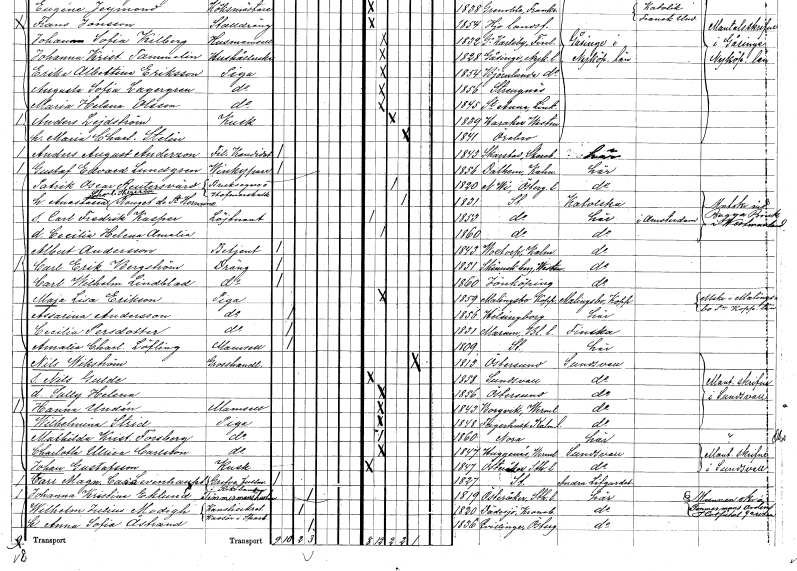
gt_parse: households: individuals: FN: Anastasia Charlotta Theresia
EN: Rouget de S:t Hermine
KON: K
CIV: G
FODAR: 1831
FODFORS: Stockholm
FN: Carl Fredrik Kasper
YRKE: Löjtnant
KON: M
CIV: O
FODAR: 1853
FODFORS: Stockholm
FN: Cecilia Helena Amalia
KON: K
CIV: O
FODAR: 1860
FODFORS: Stockholm
FN: Albert
EN: Andersson
YRKE: Betjänt
KON: M
CIV: O
FODAR: 1843
FODFORS: Voxtorp Kalmar län
FN: Carl Erik
EN: Bergström
YRKE: Dräng
KON: M
CIV: O
FODAR: 1851
FODFORS: Skinnskatteberg Västmanlands län
FN: Carl Wilhelm
EN: Lindblad
YRKE: Dräng
KON: M
CIV: O
FODAR: 1860
FODFORS: Jönköping Jönköpings län
FN: Maja Lisa
EN: Erikson
YRKE: Piga
KON: K
CIV: O
FODAR: 1859
FODFORS: Malingsbo Kopparbergs län
FN: Assarina
EN: Andersson
YRKE: Piga
KON: K
CIV: O
FODAR: 1856
FODFORS: Helsingborg Malmöhus län
FN: Cecilia
EN: Persdotter
YRKE: Piga
KON: K
CIV: O
FODAR: 1831
FODFORS: Marum Skaraborgs län
FN: Amalia Charlotta
EN: Löfling
KON: K
CIV: O
FODAR: 1809
FODFORS: Stockholm
FN: Nils
EN: Wikström
YRKE: Grosshandlare
KON: M
CIV: E
FODAR: 1813
FODFORS: Östersund Jämtlands län
FN: Nils Gulde
KON: M
CIV: O
FODAR: 1858
FODFORS: Sundsvall Västernorrlands län
FN: Sally Helena
KON: K
CIV: O
FODAR: 1856
FODFORS: Östersund Jämtlands län
FN: Hanna
EN: Undén
KON: K
CIV: O
FODAR: 1843
FODFORS: Borgvik Värmlands län
FN: Wilhelmina
EN: Strid
YRKE: Piga
KON: K
CIV: O
FODAR: 1848
FODFORS: Fagerhult Kalmar län
FN: Mathilda Kristina
EN: Forsberg
YRKE: Piga
KON: K
CIV: O
FODAR: 1860
FN: Charlotta Ulrica
EN: Carlsson
YRKE: Piga
KON: K
CIV: O
FODAR: 1847
FODFORS: Huggenäs Värmlands län
FN: Johan
EN: Gustafsson
YRKE: Kusk
KON: M
CIV: O
FODAR: 1847
FODFORS: Österåker Stockholms län
FN: Carl Magnus Casim??
EN: Levenhaupt
YRKE: Riksbankstjänsteman
KON: M
CIV: O
FODAR: 1827
FODFORS: Stockholm
FN: Johanna Kristina
EN: Eklund
YRKE: Timmermanshustru
KON: K
CIV: G
FODAR: 1819
FODFORS: Österåker Stockholms län
FN: Wilhelm Julius
EN: Modigh
YRKE: Kanslisekreterare Kassör i sparb.
KON: M
CIV: G
FODAR: 1820
FODFORS: Dädesjö Kronobergs län
FN: Anna Sofia
EN: Åstrand
KON: K
CIV: G
FODAR: 1836
FODFORS: Kvillinge Östergötlands län